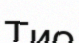
Тио